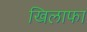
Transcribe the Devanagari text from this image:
खिलाफा